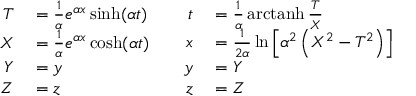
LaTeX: \begin{array} { c c } { { \begin{array} { r l } { T } & { { } = { \frac { 1 } { \alpha } } e ^ { \alpha x } \sinh ( \alpha t ) } \\ { X } & { { } = { \frac { 1 } { \alpha } } e ^ { \alpha x } \cosh ( \alpha t ) } \\ { Y } & { { } = y } \\ { Z } & { { } = z } \end{array} } } & { { \begin{array} { r l } { t } & { { } = { \frac { 1 } { \alpha } } \operatorname { a r c t a n h } { \frac { T } { X } } } \\ { x } & { { } = { \frac { 1 } { 2 \alpha } } \ln \left[ \alpha { } ^ { 2 } \left( X ^ { 2 } - T ^ { 2 } \right) \right] } \\ { y } & { { } = Y } \\ { z } & { { } = Z } \end{array} } } \end{array}